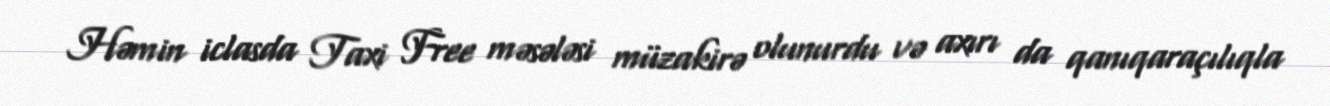
Həmin iclasda Taxi Free məsələsi müzakirə olunurdu və axırı da qanıqaraçılıqla